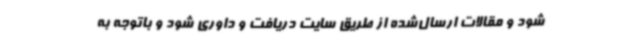
شود و مقالات ارسال‌شده از طریق سایت دریافت و داوری شود و باتوجه به